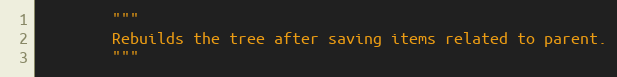
Language: Python
        """
        Rebuilds the tree after saving items related to parent.
        """